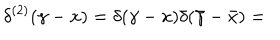
LaTeX: \delta ^ { ( 2 ) } ( \gamma - x ) = \delta ( \gamma - x ) \delta ( \bar { \gamma } - \bar { x } ) =